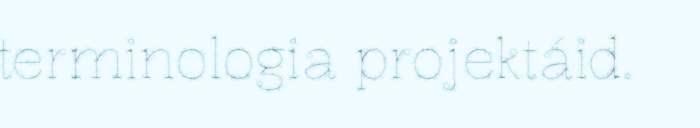
terminologia projektáid.